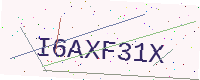
Text: I6AXF31X